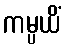
ကမ္ပယိံ